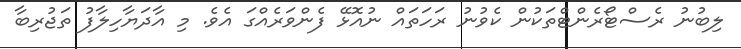
ލިބުނު ރެސްޓޯރެންޓްތަކުން ކެވުނު ރަހަތައް ނުއޮޅޭ ފެންވަރެއްގަ އެވެ. މި އާދަޔާހިލާފު ތަޖުރިބާ